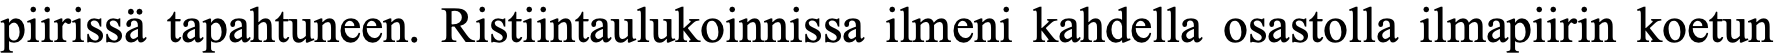
piirissä tapahtuneen. Ristiintaulukoinnissa ilmeni kahdella osastolla ilmapiirin koetun